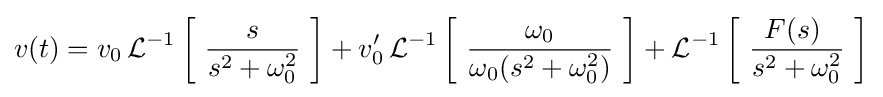
v(t)=v_{0}\operatorname {\mathcal {L}} ^{-1}\left[\ {\frac {s}{s^{2}+\omega _{0}^{2}}}\ \right]+v'_{0}\operatorname {\mathcal {L}} ^{-1}\left[\ {\frac {\omega _{0}}{\omega _{0}(s^{2}+\omega _{0}^{2})}}\ \right]+\operatorname {\mathcal {L}} ^{-1}\left[\ {\frac {F(s)\ }{s^{2}+\omega _{0}^{2}}}\ \right]